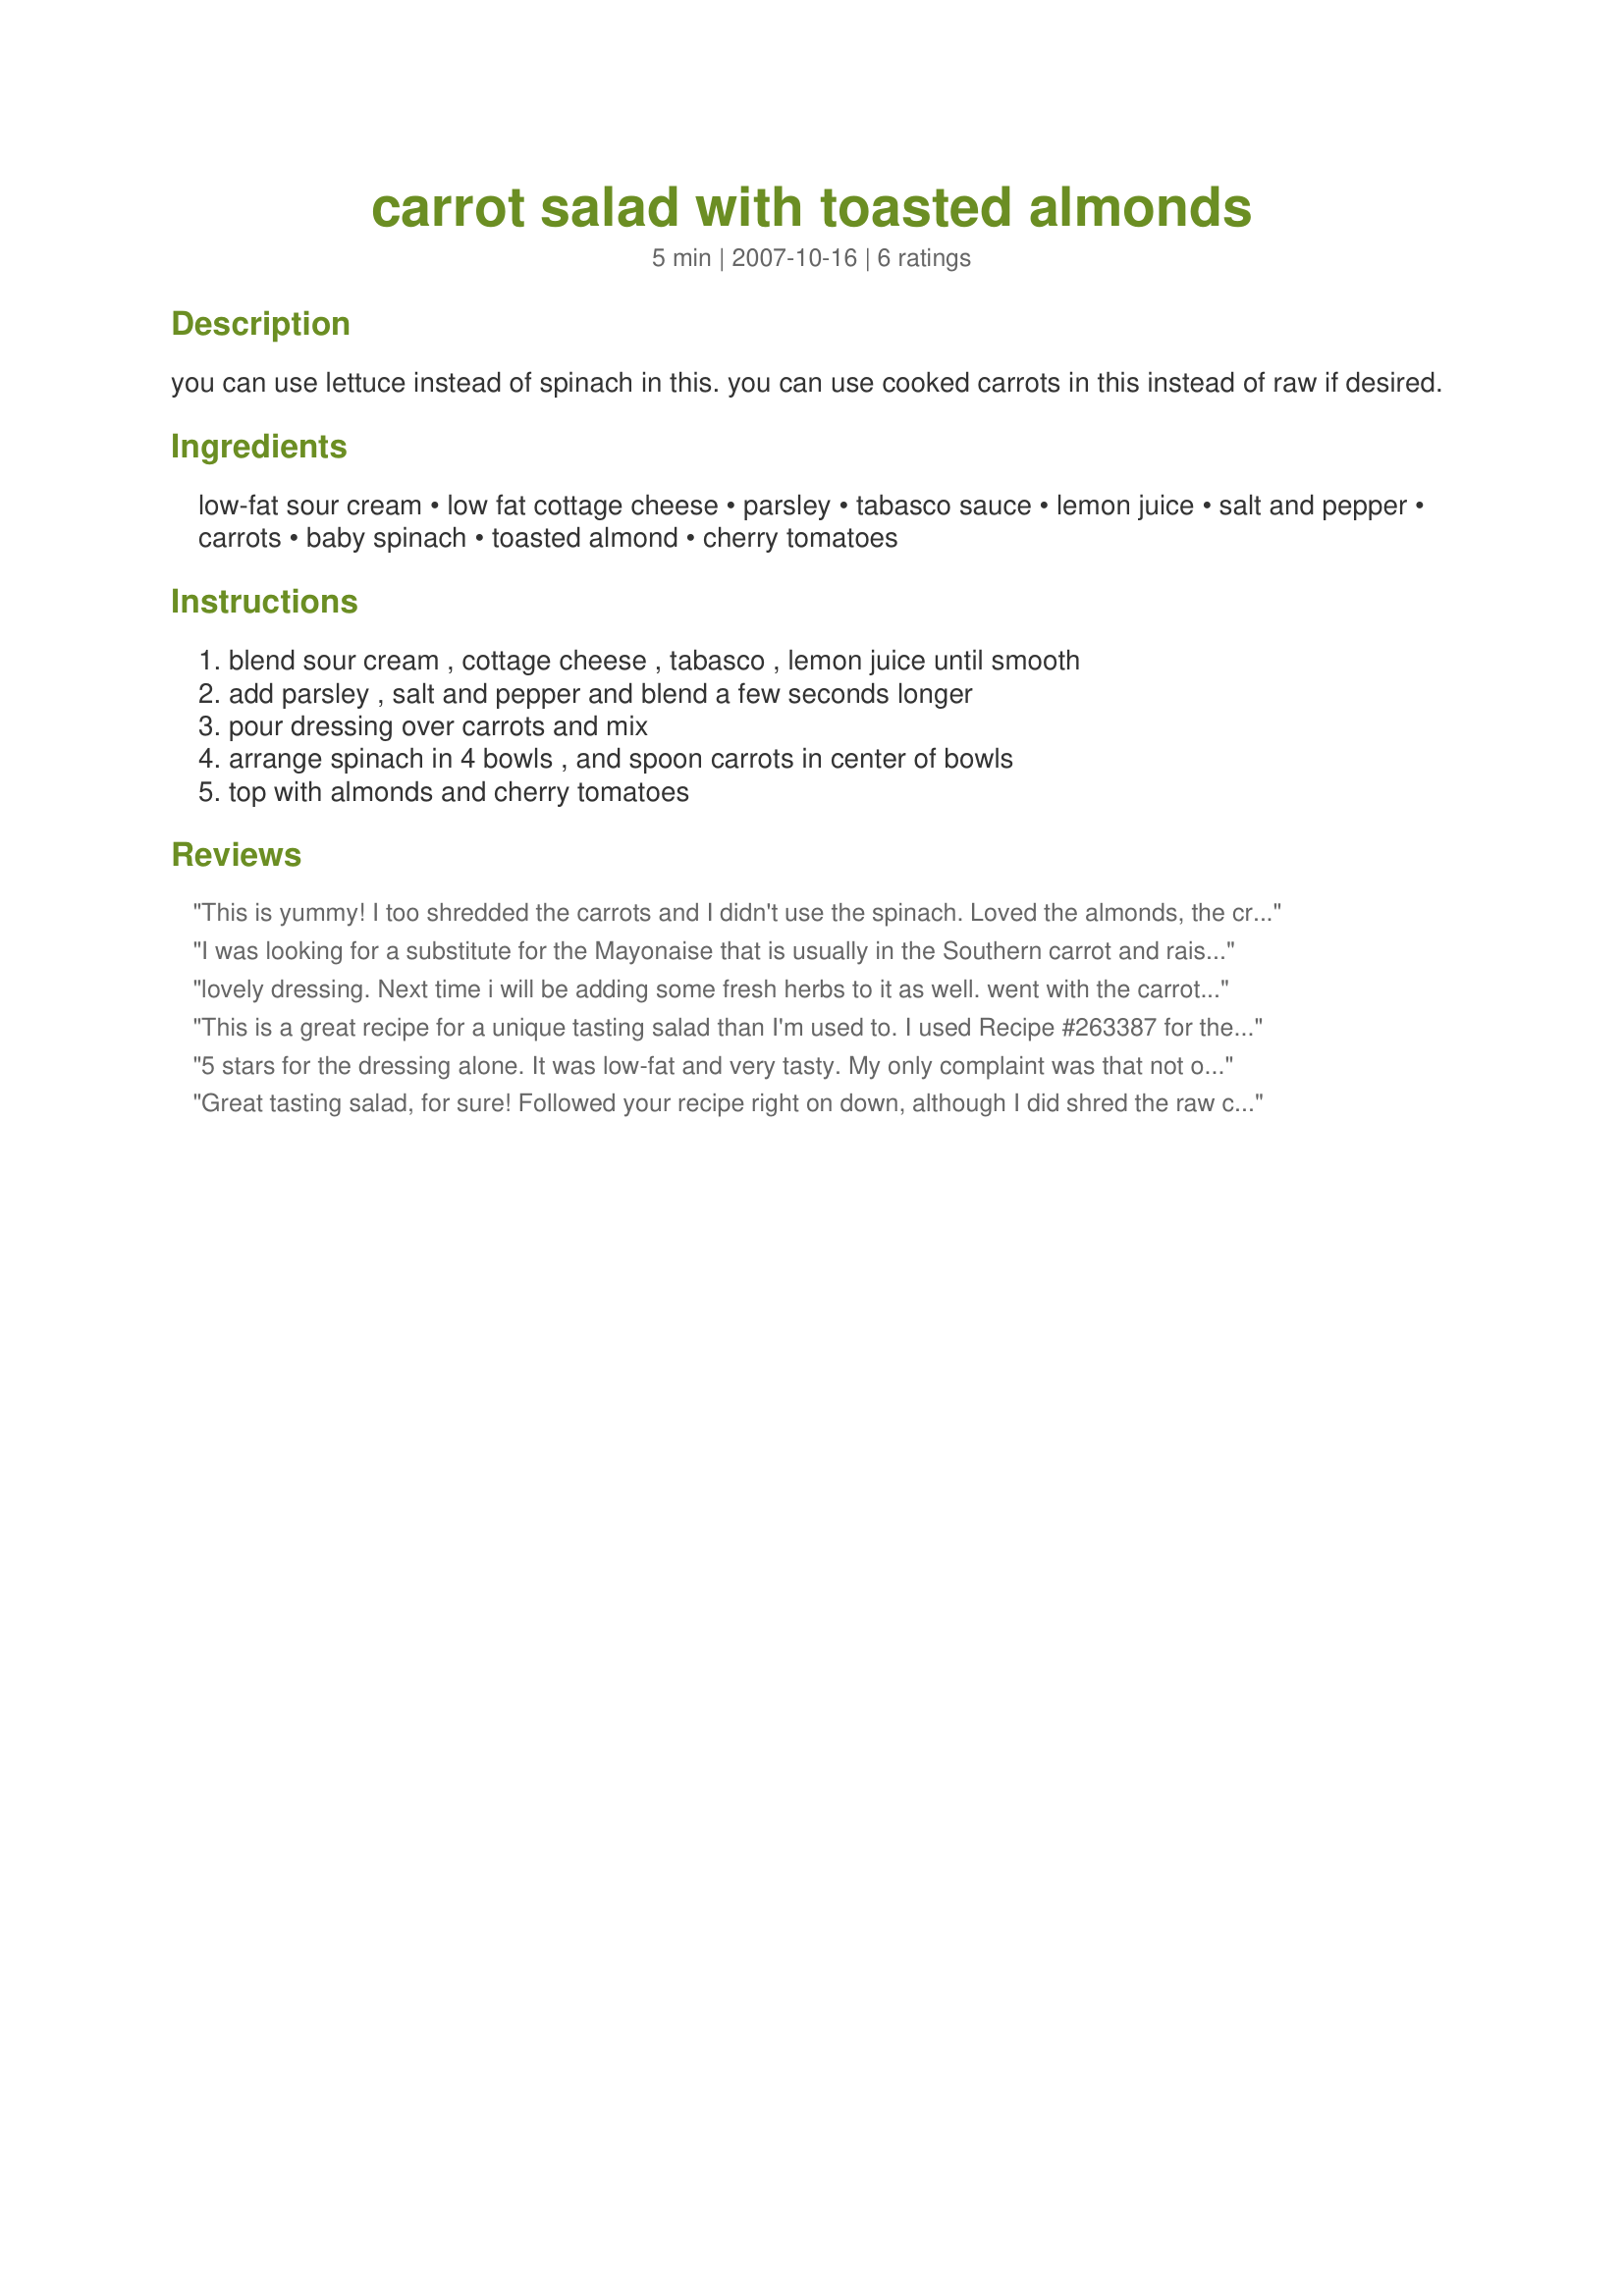
carrot salad with toasted almonds
Preparation time: 5 minutes

you can use lettuce instead of spinach in this.
you can use cooked carrots in this instead of raw if desired.

Ingredients:
low-fat sour cream, low fat cottage cheese, parsley, tabasco sauce, lemon juice, salt and pepper, carrots, baby spinach, toasted almond, cherry tomatoes

Steps:
blend sour cream , cottage cheese , tabasco , lemon juice until smooth, add parsley , salt and pepper and blend a few seconds longer, pour dressing over carrots and mix, arrange spinach in 4 bowls , and spoon carrots in center of bowls, top with almonds and cherry tomatoes

Reviews:
This is yummy! I too shredded the carrots and I didn't use the spinach. Loved the almonds, the crunch was lovely with the crisp fresh carrots, The salad made a great side for tonights chicken.
I was looking for a substitute for the Mayonaise that is usually in the Southern carrot and raisin salad. This dressing is grand....I did not do the recipe as it is written, since I already had grated my carrot, added chopped dates, since someone ate my raisin stash, and had chopped candied ginger for heat. Gonna roast some almonds now, after reading the recipe. Thanks you.
lovely dressing. Next time i will be adding some fresh herbs to it as well. went with the carrots beautifully
This is a great recipe for a unique tasting salad than I'm used to. I used Recipe #263387 for the almounds and they worked well with this recipe. I scaled this down too serve two and it was more than enough for me and my mother. I used raw carrots since I like the crisp they bring to salads. I love the dressing too since it is not as heavy as most dressing are, but it had the high fat taste. I bet the dressing would go nicely with potoato salad too!
5 stars for the dressing alone. It was low-fat and very tasty. My only complaint was that not only was there not enough dressing for the carrots, there was also not enough left over for the baby spinach and baby lettuces (I used a 50/50 combination) beneath the carrots (uncooked). I added more tabasco and lemon juice too, and forgot about the almonds (left them toasting in the oven and they burnt:() I included the optional cherry tomatoes for more color. I also think this dressing would go great on a potato salad. Excellent dressing, but make more of it for this recipe!
Great tasting salad, for sure! Followed your recipe right on down, although I did shred the raw carrots instead of slicing them thin! Will be making this one again, for sure! Thanks for sharing it! [Made & reviewed in 1-2-3 Hits recipe tag]
